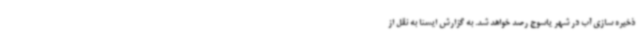
ذخیره سازی آب در شهر یاسوج رصد خواهد شد. به گزارش ایسنا به نقل از